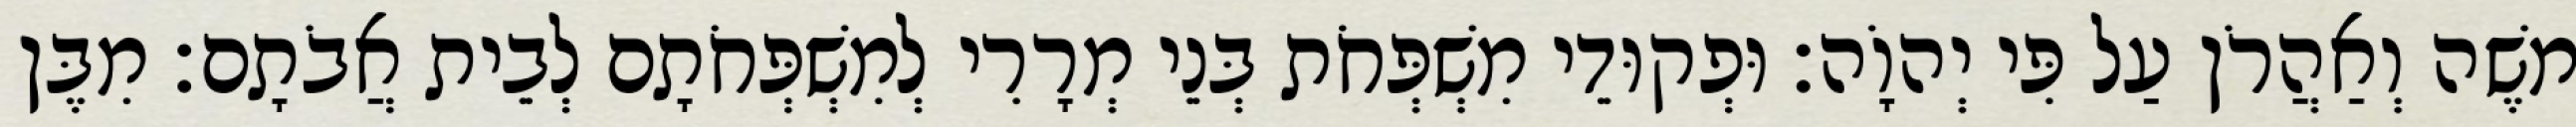
משֶׁה וְאַהֲרֹן עַל פִּי יְהוָֹה׃ וּפְקוּדֵי מִשְׁפְּחֹת בְּנֵי מְרָרִי לְמִשְׁפְּחֹתָם לְבֵית אֲבֹתָם׃ מִבֶּן